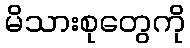
မိသားစုတွေကို